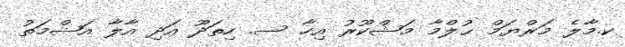
ކ.މާލެ މަރްޔަމް ޙުލްމާ މަޝްކޫރު އިހާ ސ. ހިތަދޫ އަދި އާލާ އަޟްމަތު